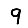
Digit: 9